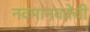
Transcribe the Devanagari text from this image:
नवमानवतेची